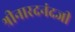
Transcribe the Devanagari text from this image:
श्रीनारदनंदजी